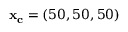
\mathbf { x _ { c } } = ( 5 0 , 5 0 , 5 0 )